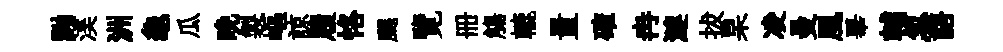
黝渼洲龜瓜晩製嶇諒履恪颸覽册觴轆量確冉漣拔杲凌曼風畢輔忽語